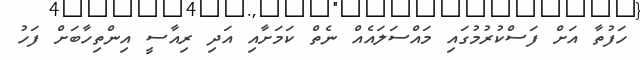
ހަފުތާ އަށް ފަސްކުރުމުގައި މައްސަލައެއް ނެތް ކަމަށާއި އަދި ރިއާސީ އިންތިހާބަށް ފަހު